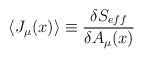
LaTeX: \begin{align*}\langle J_{\mu}(x)\rangle \equiv \frac{\delta S_{eff}}{\delta A_{\mu}(x)}\end{align*}